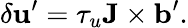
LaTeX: \delta{\mathbf{u}}^{\prime}=\tau_{u}{\mathbf{J}}\times{\mathbf{b}}^{\prime}.